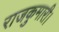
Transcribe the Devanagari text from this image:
राजकुमारी।